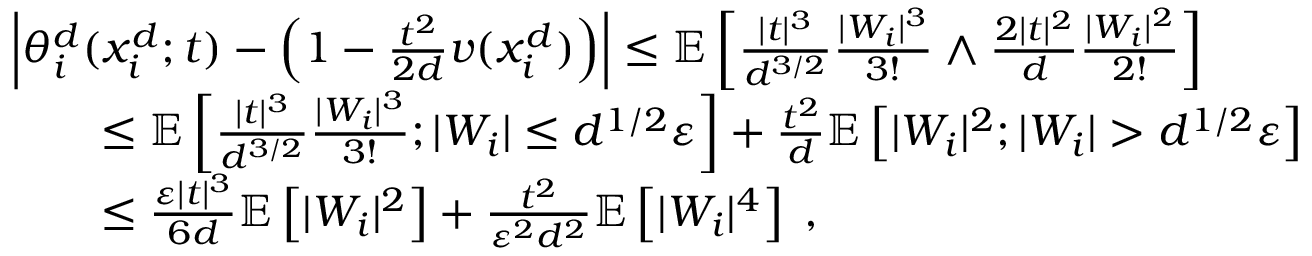
\begin{array} { r l } & { \left\vert \theta _ { i } ^ { d } ( x _ { i } ^ { d } ; t ) - \left( 1 - \frac { t ^ { 2 } } { 2 d } v ( x _ { i } ^ { d } ) \right) \right\rvert \leq \mathbb { E } \left[ \frac { \vert t \vert ^ { 3 } } { d ^ { 3 / 2 } } \frac { \vert W _ { i } \vert ^ { 3 } } { 3 ! } \wedge \frac { 2 \vert t \vert ^ { 2 } } { d } \frac { \vert W _ { i } \vert ^ { 2 } } { 2 ! } \right] } \\ & { \qquad \leq \mathbb { E } \left[ \frac { \vert t \vert ^ { 3 } } { d ^ { 3 / 2 } } \frac { \vert W _ { i } \vert ^ { 3 } } { 3 ! } ; \vert W _ { i } \vert \leq d ^ { 1 / 2 } \varepsilon \right] + \frac { t ^ { 2 } } { d } \mathbb { E } \left[ \vert W _ { i } \vert ^ { 2 } ; \vert W _ { i } \vert > d ^ { 1 / 2 } \varepsilon \right] } \\ & { \qquad \leq \frac { \varepsilon \vert t \vert ^ { 3 } } { 6 d } \mathbb { E } \left[ \vert W _ { i } \vert ^ { 2 } \right] + \frac { t ^ { 2 } } { \varepsilon ^ { 2 } d ^ { 2 } } \mathbb { E } \left[ \vert W _ { i } \vert ^ { 4 } \right] \; , } \end{array}